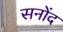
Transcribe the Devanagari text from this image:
सनोंद